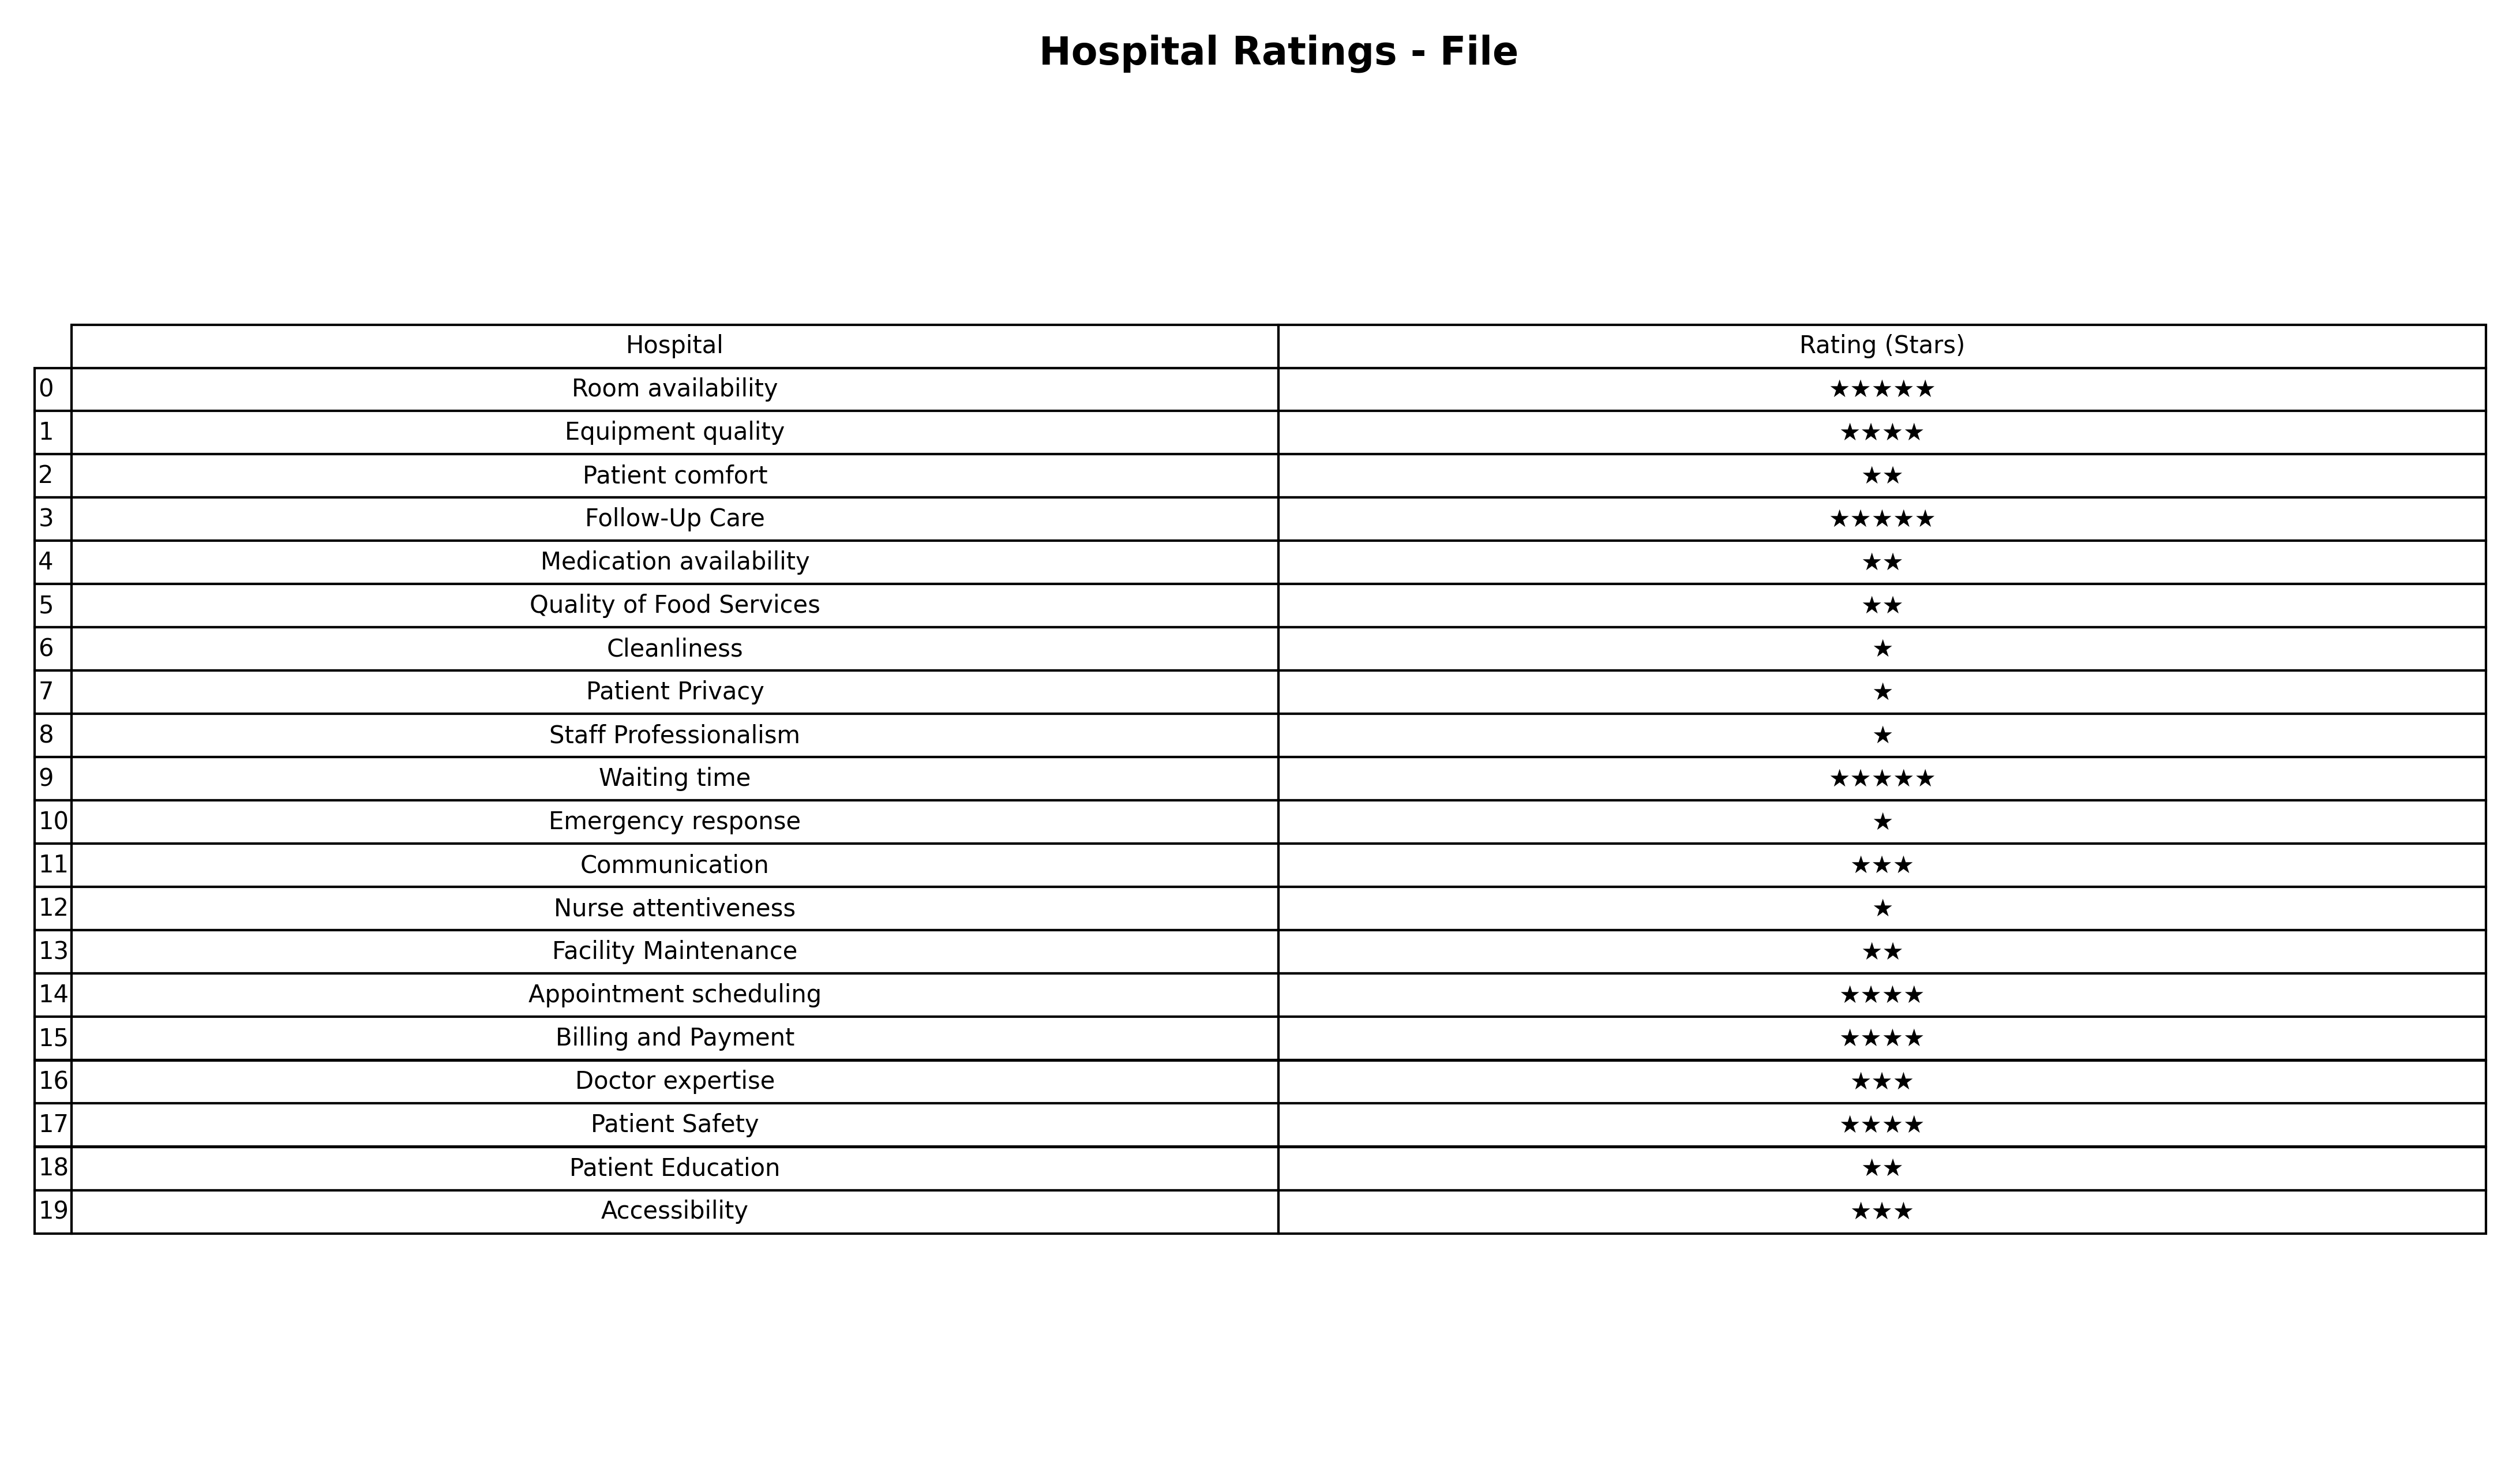
question: What are highest rating services?
answer: CleanlinessPatient PrivacyStaff ProfessionalismEmergency responseNurse attentiveness